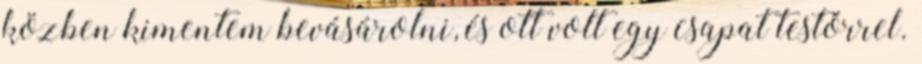
közben kimentem bevásárolni, és ott volt egy csapat testőrrel.